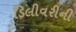
ડિલીવરીની